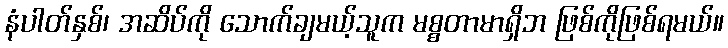
နံပါတ်နှစ်၊ အဆိပ်ကို သောက်ချမယ့်သူက မစ္စတာမာရှိဘ ဖြစ်ကိုဖြစ်ရမယ်။